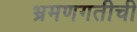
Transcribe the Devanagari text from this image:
भ्रमणगतीची